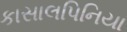
કાસાલપિનિયા